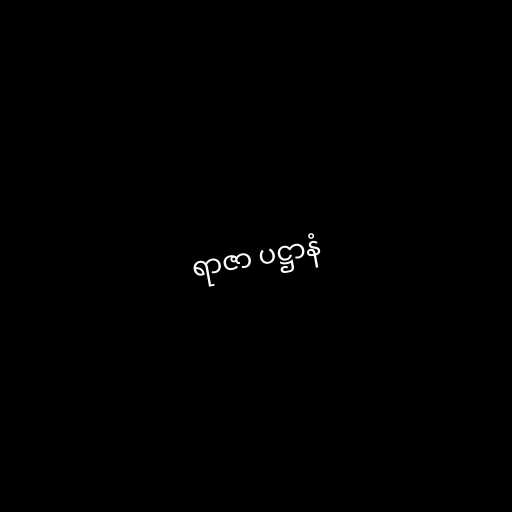
ရာဇာ ပဋ္ဌာနံ